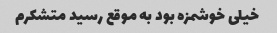
خیلی خوشمزه بود به موقع رسید متشکرم